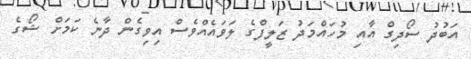
އަބުދު ސޯދިގް އާއި މުހައްމަދު ޒަލީފްގެ ލަވައެއްވެސް އިވިގެން ދާނެ ކަމަށް ޝޯގެ